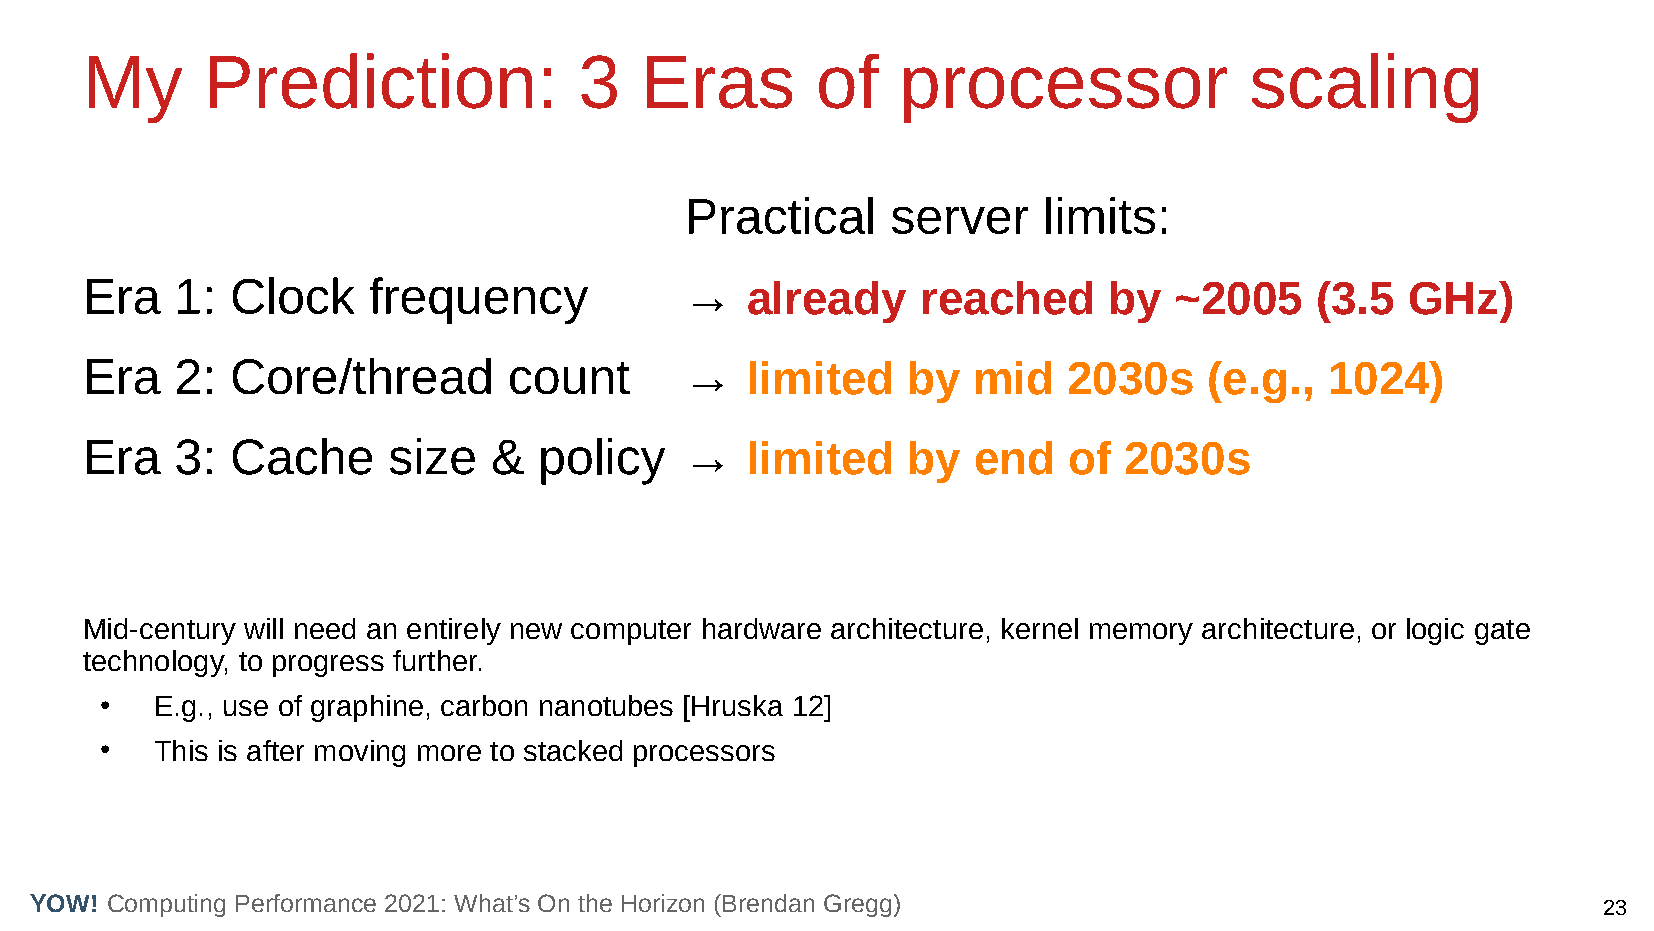
My      Prediction:              3   Eras        of    processor              scaling
 Practical     server    limits:
 Era    1: Clock    frequency            →   already     reached     by   ~2005    (3.5  GHz)
 Era    2: Core/thread        count      →   limited    by  mid    2030s    (e.g.,  1024)
 Era    3: Cache      size   &  policy   →   limited    by  end    of 2030s
 Mid-century will need an entirely new computer hardware architecture, kernel memory architecture, or logic gate
 technology, to progress further.
 ●  E.g., use of graphine, carbon nanotubes [Hruska 12]
 ●  This is after moving more to stacked processors
 YOW! Computing Performance 2021: What’s On the Horizon (Brendan Gregg)                                  23